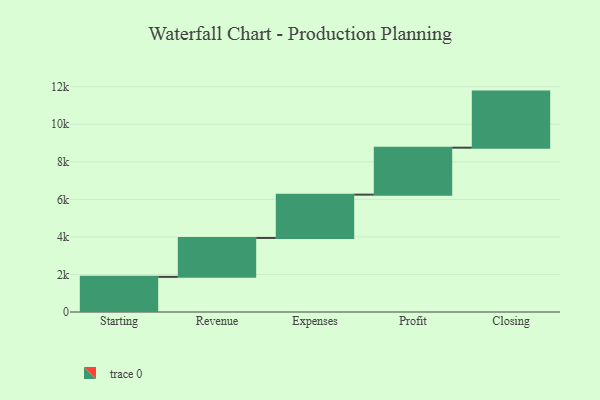
{"axis": {"x": "Step", "y": "Value"}, "legend": [""], "data": [{"x": "Starting", "y": 1871.0, "type": ""}, {"x": "Revenue", "y": 2073.0, "type": ""}, {"x": "Expenses", "y": 2308.0, "type": ""}, {"x": "Profit", "y": 2501.0, "type": ""}, {"x": "Closing", "y": 2987.0, "type": ""}]}